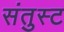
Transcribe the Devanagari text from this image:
संतुस्ट